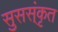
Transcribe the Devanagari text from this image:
सुसस्ंकृत